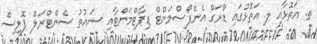
ތ. އަތޮޅާއި ލ. އަތޮޅުގައި ޑްރަގް އެންފޯސްމަންޓް ޑިޕާޓްމަންޓާއި ސައުތު ސެންޓްރަލް ޕޮލިސް